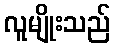
လူမျိုးသည်